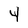
Character: 4